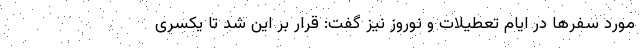
مورد سفرها در ایام تعطیلات و نوروز نیز گفت: قرار بر این شد تا یکسری